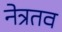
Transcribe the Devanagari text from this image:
नेत्रतव